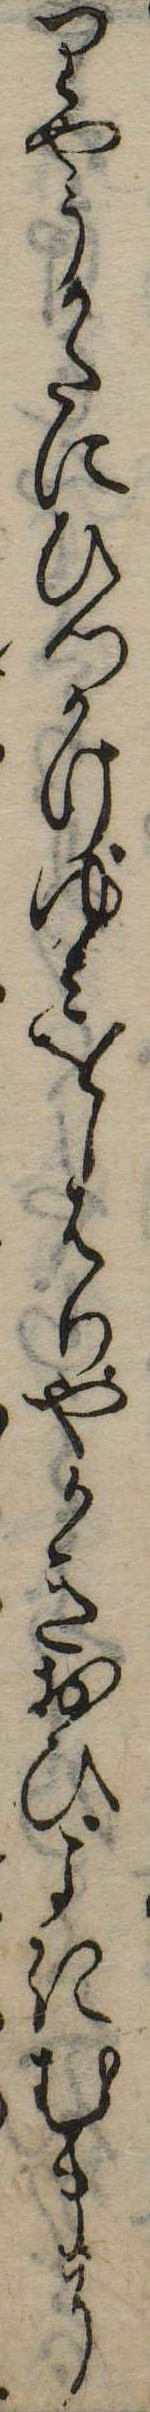
りやうかたにひつかけゆみをしはりやかきおひよきむまに